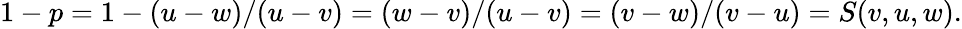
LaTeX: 1-p=1-(u-w)/(u-v)=(w-v)/(u-v)=(v-w)/(v-u)=S(v,u,w).